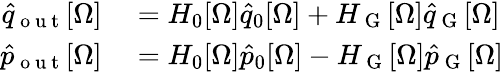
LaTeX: \begin{array}{rl}{\hat{q}_{\mathrm{~o~u~t~}}[\Omega]}&{{}=H_{0}[\Omega]\hat{q}_{0}[\Omega]+H_{\mathrm{~G~}}[\Omega]\hat{q}_{\mathrm{~G~}}[\Omega]}\\ {\hat{p}_{\mathrm{~o~u~t~}}[\Omega]}&{{}=H_{0}[\Omega]\hat{p}_{0}[\Omega]-H_{\mathrm{~G~}}[\Omega]\hat{p}_{\mathrm{~G~}}[\Omega]}\end{array}